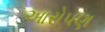
આરોપણ